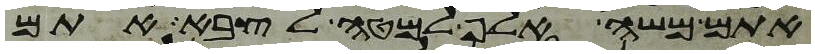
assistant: אתם משה אלף למטה לצבא אתם